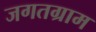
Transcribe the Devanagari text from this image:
जगतग्राम